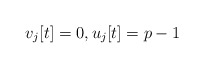
\begin{align*}v_{j}[t]=0, u_{j}[t]=p-1\end{align*}